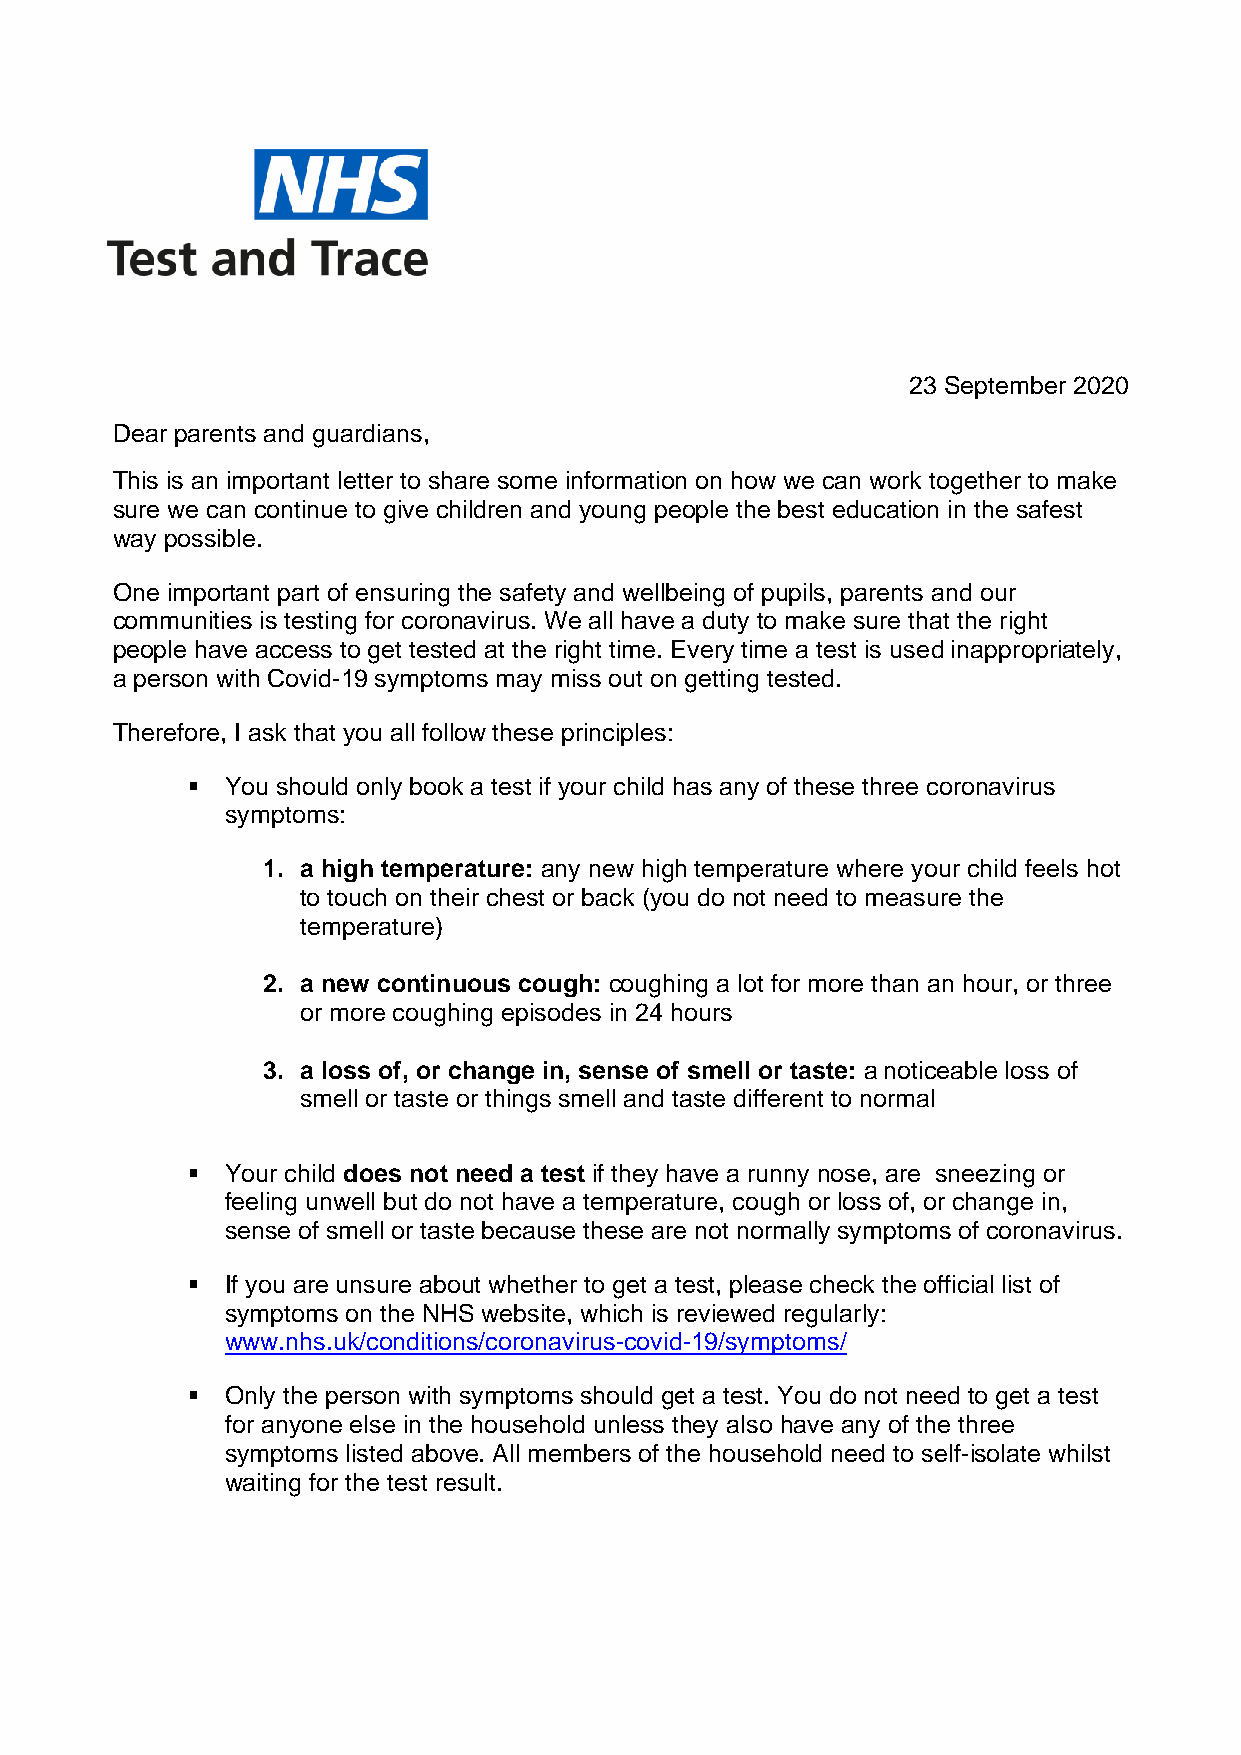
23 September 2020
 Dear parents and guardians,
 This is an important letter to share some information on how we can work together to make
 sure we can continue to give children and young people the best education in the safest
 way possible.
 One important part of ensuring the safety and wellbeing of pupils, parents and our
 communities is testing for coronavirus. We all have a duty to make sure that the right
 people have access to get tested at the right time. Every time a test is used inappropriately,
 a person with Covid-19 symptoms may miss out on getting tested.
 Therefore, I ask that you all follow these principles:
 ▪  You should only book a test if your child has any of these three coronavirus
 symptoms:
 1. a high temperature: any new high temperature where your child feels hot
 to touch on their chest or back (you do not need to measure the
 temperature)
 2. a new continuous cough: coughing a lot for more than an hour, or three
 or more coughing episodes in 24 hours
 3. a loss of, or change in, sense of smell or taste: a noticeable loss of
 smell or taste or things smell and taste different to normal
 ▪  Your child does not need a test if they have a runny nose, are sneezing or
 feeling unwell but do not have a temperature, cough or loss of, or change in,
 sense of smell or taste because these are not normally symptoms of coronavirus.
 ▪  If you are unsure about whether to get a test, please check the official list of
 symptoms on the NHS website, which is reviewed regularly:
 www.nhs.uk/conditions/coronavirus-covid-19/symptoms/
 ▪  Only the person with symptoms should get a test. You do not need to get a test
 for anyone else in the household unless they also have any of the three
 symptoms listed above. All members of the household need to self-isolate whilst
 waiting for the test result.